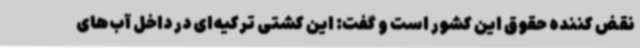
نقض کننده حقوق این کشور است و گفت: این کشتی ترکیه‌ای در داخل آب‌های